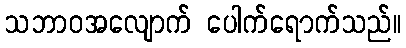
သဘာဝအလျောက် ပေါက်ရောက်သည်။